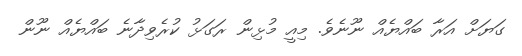
ގަޔަށް އަރާ ބައްޔެއް ނޫނެވެ. މިއީ މުޅިން ރަގަޅު ކުރެވިދާނެ ބައްޔެއް ނޫން